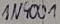
Text: 1N4001